Lunatic asylums Punjab 1881-1894 - 1881-1894
Year: 1881
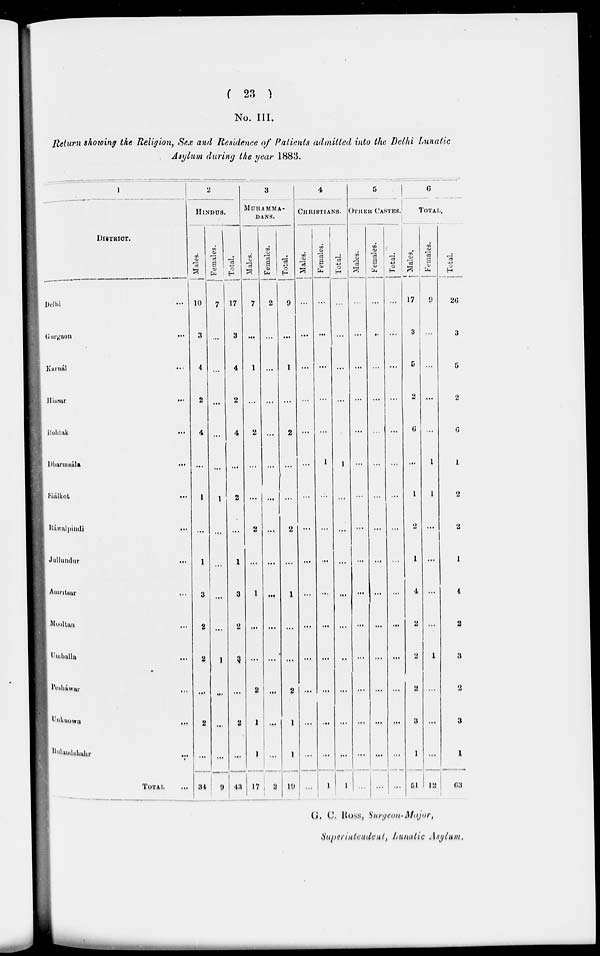
( 23 )
No. III.
Return showing the Religion, Sex and Residence of Patients admitted into the Delhi Lunatic
Asylum during the year 1883.
1
DISTRICT.
Delhi
...
Gurgaon ...
Karnál
...
Hissar ...
Rohtak
...
Dharmsála
...
Siálkot
...
Ráwalpindi
...
Jullundur
...
Amritsar ...
Mooltan ...
Umballa ...
Pesháwar ...
Unknown ...
Bulandshahr ...
TOTAL ...
2
HINDUS.
Males.
10
3
4
2
4
...
1
...
1
3
2
2
...
2
...
34
Females.
7
...
...
...
...
...
1
...
...
...
...
1
...
...
...
9
Total.
17
3
4
2
4
...
2
...
1
3
2
3
...
2
...
43
3
MUHAMMA-
DANS.
Males.
7
...
1
...
2
...
...
2
...
1
...
...
2
1
1
17
Females.
2
...
...
...
...
...
...
...
...
...
...
...
...
...
...
2
Total.
9
...
1
...
2
...
...
2
...
1
...
...
2
1
1
19
4
CHRISTIANS.
Males.
...
...
...
...
...
...
...
...
...
...
...
...
...
...
...
...
Females.
...
...
...
...
...
1
...
...
...
...
...
...
...
...
...
1
Total.
...
...
...
...
...
1
...
...
...
...
...
...
...
...
...
1
5
OTHER CASTES.
Males.
...
...
...
...
...
...
...
...
...
...
...
...
...
...
...
...
Females.
...
...
...
...
...
...
...
...
...
...
...
...
...
...
...
...
Total.
...
...
...
...
...
...
...
...
...
...
...
...
...
...
...
...
6
TOTAL.
Males.
17
3
5
2
6
...
1
2
1
4
2
2
2
3
1
51
Females.
9
...
...
...
...
1
1
...
...
...
...
1
...
...
...
12
Total.
26
3
5
2
6
1
2
2
1
4
2
3
2
3
1
63
G. C. Ross, Surgeon-Major,
Superintendent, Lunatic Asylum.